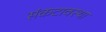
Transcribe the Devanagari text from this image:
संकटावस्था